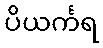
ပိယင်္ကရ